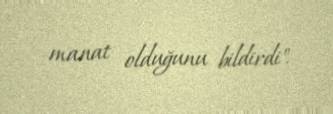
manat olduğunu bildirdi".